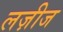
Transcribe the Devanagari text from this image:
लज़ीज